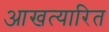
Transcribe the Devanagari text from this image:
आखत्यारित